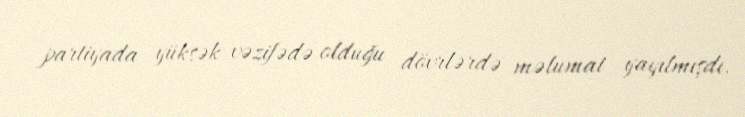
partiyada yüksək vəzifədə olduğu dövrlərdə məlumat yayılmışdı.